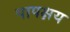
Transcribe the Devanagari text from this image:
पापक्षय